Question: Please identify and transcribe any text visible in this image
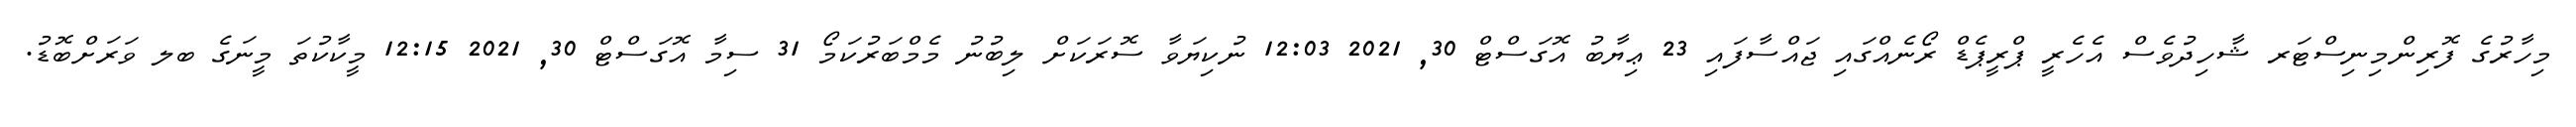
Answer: މިހާރުގެ ފޮރިންމިނިސްޓަރ ޝާހިދުވެސް އެހެރީ ޕްރީޕެޑް ރޯނެއްގައި ޖައްސާފައި 23 ޢިޔާބު އޮގަސްޓް 30, 2021 12:03 ނުކިޔަވާ ސޮރަކަށް ލިބުނު މެމްބަރުކަމޯ 31 ސިމާ އޮގަސްޓް 30, 2021 12:15 މީކާކުތަ މީނަގެ ބލ ވަރަށްބޮޑު.